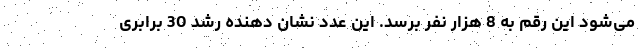
می‌شود این رقم به 8 هزار نفر برسد. این عدد نشان دهنده رشد 30 برابری